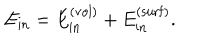
E _ { \mathrm { i n } } = E _ { \mathrm { i n } } ^ { ( \mathrm { v o l } ) } + E _ { \mathrm { i n } } ^ { ( \mathrm { s u r f } ) } .